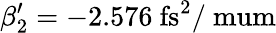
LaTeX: \beta_{2}^{\prime}=-2.576~\mathrm{fs^{2}/\ mum}